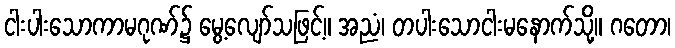
ငါးပါးသောကာမဂုဏ်၌ မွေ့လျော်သဖြင့်။ အညံ၊ တပါးသောငါးမနောက်သို့။ ဂတော၊